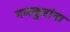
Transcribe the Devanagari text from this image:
मजकुरांना